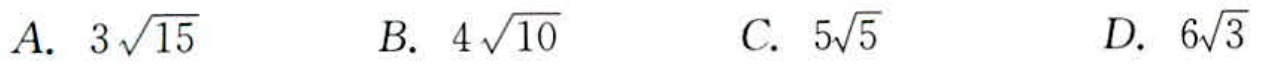
A. \(3\sqrt{15}\)  B. \(4\sqrt{10}\)  C. \(5\sqrt{5}\)  D. \(6\sqrt{3}\)